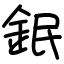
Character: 鈱